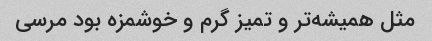
مثل همیشه‌تر و تمیز گرم و خوشمزه بود مرسی